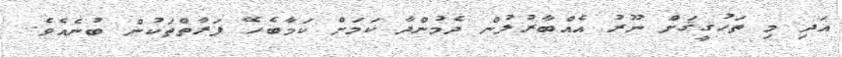
އަދި މި ތަހުޤީޤަށް ނޫރު އެއްބާރުލުން ދެމުންދާ ކަމަށް ކަމާބެހޭ ފަރާތްތަކުން ބުނެއެވެ.